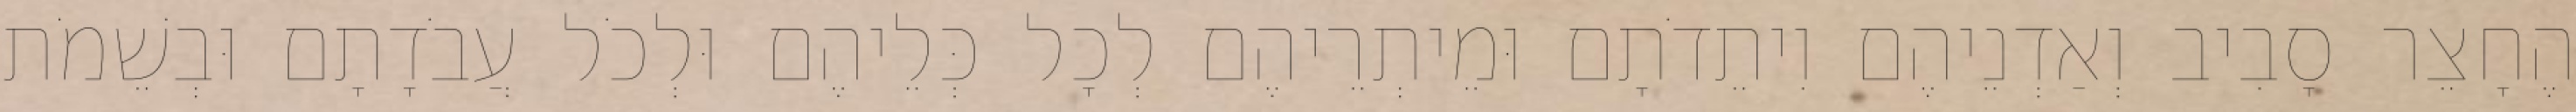
הֶחָצֵר סָבִיב וְאַדְנֵיהֶם וִיתֵדֹתָם וּמֵיתְרֵיהֶם לְכָל כְּלֵיהֶם וּלְכֹל עֲבֹדָתָם וּבְשֵׁמֹת